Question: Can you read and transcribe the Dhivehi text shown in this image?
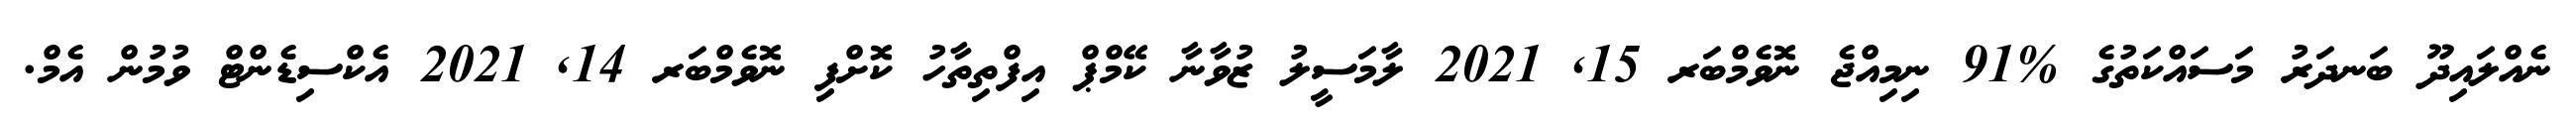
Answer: ނެއްލައިދޫ ބަނދަރު މަސައްކަތުގެ %91 ނިމިއްޖެ ނޮވެމްބަރ 15, 2021 ލާމަސީލު ޒުވާނާ ކޭމްޕް އިފްތިތާހު ކޮށްފި ނޮވެމްބަރ 14, 2021 އެކްސިޑެންޓް ވުމުން އެމް.